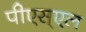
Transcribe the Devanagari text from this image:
पीएस्एल